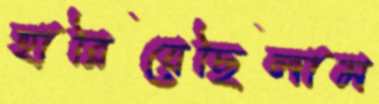
হারিয়েছিলাম